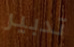
تدبير